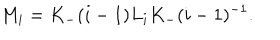
M _ { i } = K _ { - } ( i - 1 ) L _ { i } K _ { - } ( i - 1 ) ^ { - 1 } .